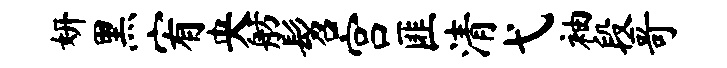
妍黑宥央舫髫宫匪清弋袖段哥